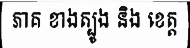
ភាគ ខាងត្បូង និង ខេត្ត